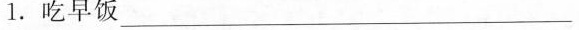
1.吃早饭_____________